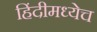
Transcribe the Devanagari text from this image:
हिंदीमध्येच